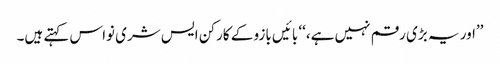
’’اور یہ بڑی رقم نہیں ہے،‘‘ بائیں بازو کے کارکن ایس شری نواس کہتے ہیں۔